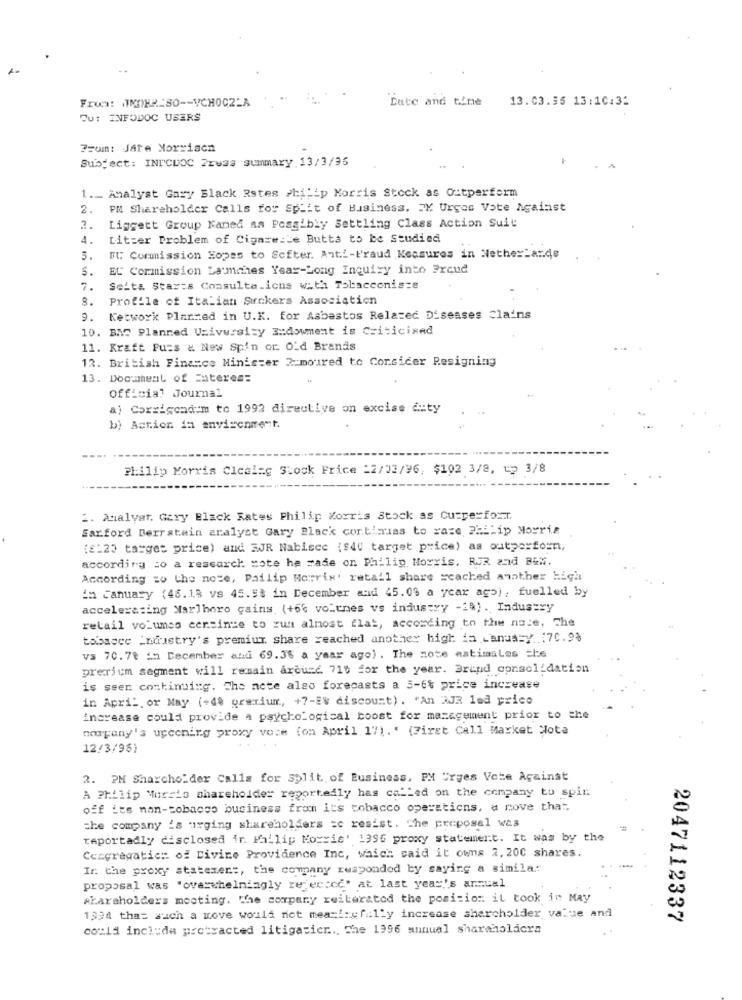
Frun: JNOHR-SO -- VCHOCZ-A
Date and time 13.03.35 13:10:31
Tu: INFODOC USERS
From: Jare Morriscn
Subject: INICUOC Press summary 13/3/35
1 ._ Analyst Gary Black Rstes Philip Morris Stock as Outperform
2.
PM Shareholder Calls for Split of Business. 3X Urges Vote Against
2.
Liggett Group Kamed as Possibly Settling Class Action Suit
4.
Litzer Problem of Cigaze:Le Butts to be studied
5.
IC Commission Hopes to Softer. Anti-Fraud Kessures in Nethertarde
5.
EC Cormission La mmhes Year-Long Inquiry into Freue
7.
Seita Starts Consulta.ions with Tobacconiszs
8.
Profile of Italian Suckers Association
9.
Ketwork Plarmed in U.K. for Asbestos Related Diseases Clains
10. BMC Planned University 3 :: dowment is Criticised
11. Kraft Pu=s & New Spin or OLd Brands
12. British Finance Minister 2 moured to Corsicer Resigning
13. Doc-ment of Enteres=
Official Journal
a) Corrigendum to 1992 directive on excise city
b) Action in environment.
Philip Morris Clcaing Stock Price =2/02/96, $102 3/8, 12 3/8
2. Amalyat. Gary Black Rates Philip Morris Stock as CuzperforT.
Sarford Berrstain analyst Gary Black cortirias to race, Philip Morris
(£:20 target price) and EJR Nabisce ($40 target price) as outperform,
according to a research mote he made on Philip Morris, RUR and BEM.
According to the note, Pailip Morris' retall share reached another high
in January (46.18 vs 45.5% in December and 45.09 a year ago), fuelled by
accelerating Marlboro cains, (+66 voltnes vs industry -2%) . Industry
retail volumes cersince to run almost flat, according to the nale, The
tobacce industry's premium share reached another high in January :70.98
vs 70.78 in December and 69.3% a year ago) . The note matimalas the
prerium segment will remain around 710 for the year. Brand consolidation
is seen continuing. Che nete algo forecasts a 5-6% price increase
in April, or May (+48 grerium, +7-8% discount). "An WJR led price
increase could provide a psychological boost for management prior to the
nowyany's upcoming proxy vese (on April 171.' (First Call Market Hota
12/3/96)
2. PM Sharcholder Calls for split of Business, PM Urges Vote Against
A Philip Morris shareholder reportedly has called on the company tu spin
off its non-tobacco business from its tobacco operations, a rove that.
the company 's urging shareholders =c resist. The proposal was
reportadly disclosed ir. Philip Morris' 1996 proxy statement. It was by the
Ceagregatic: of Divine Providence Inc, which said it owns 2, 200 shares.
Ir. the proxy statemer :, the company reaponded by saying a similar
proposal was "overwhelmingly re ecccc" at last year's annual
shareholders mocting. The company reiterated the position: il took in May
1994 thas such a move would not mean !: gfi.1"y increase sharcholder value and
2047112337
could include protracted litigasicr ... The 1996 annual shareholders